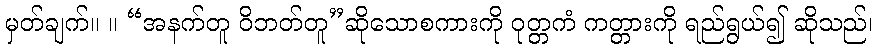
မှတ်ချက်။ ။ “အနက်တူ ဝိဘတ်တူ”ဆိုသောစကားကို ဝုတ္တကံ ကတ္တားကို ရည်ရွယ်၍ ဆိုသည်၊